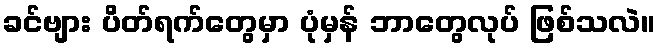
ခင်ဗျား ပိတ်ရက်တွေမှာ ပုံမှန် ဘာတွေလုပ် ဖြစ်သလဲ။